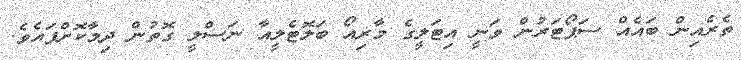
ތެރެއިން ބައެއް ސަޕޯޓަރުން ވަނީ އިޓަލީގެ މާރިއޯ ބަލޮޓެލީއާ ނަސްލީ ގޮތުން ދިމާކޮށްފައެވެ.